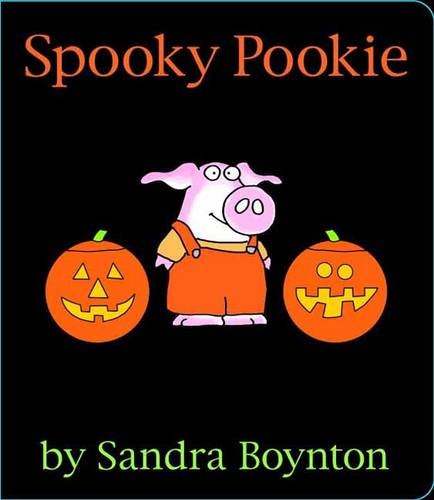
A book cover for Spooky Pookie; Sandra Boynton; Children's Books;